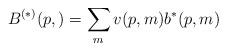
LaTeX: \begin{align*}B^{\left( *\right) }(p,)=\sum_{m}v(p,m)b^{*}(p,m) \\ \end{align*}